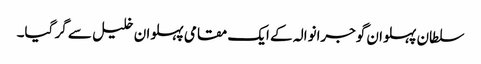
سلطان پہلوان گوجرانوالہ کے ایک مقامی پہلوان خلیل سے گر گیا۔